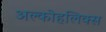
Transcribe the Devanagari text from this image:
अल्कोहलिक्स